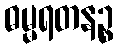
ဓမ္မရတနဉ္စ